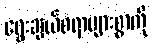
ရွေးချယ်စရာများစွာကို